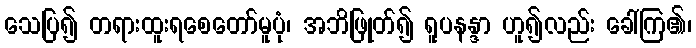
သေပြ၍ တရားထူးရစေတော်မူပုံ၊ အဘိဖြုတ်၍ ရူပနန္ဒာ ဟူ၍လည်း ခေါ်ကြ၏၊